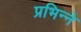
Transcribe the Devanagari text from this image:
प्रभिन्ने